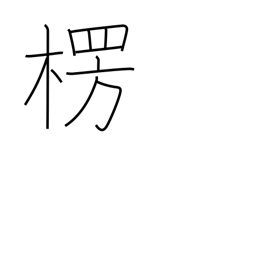
Meaning: protrusion